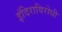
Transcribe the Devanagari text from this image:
इंदिराविरोधी